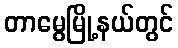
တာမွေမြို့နယ်တွင်